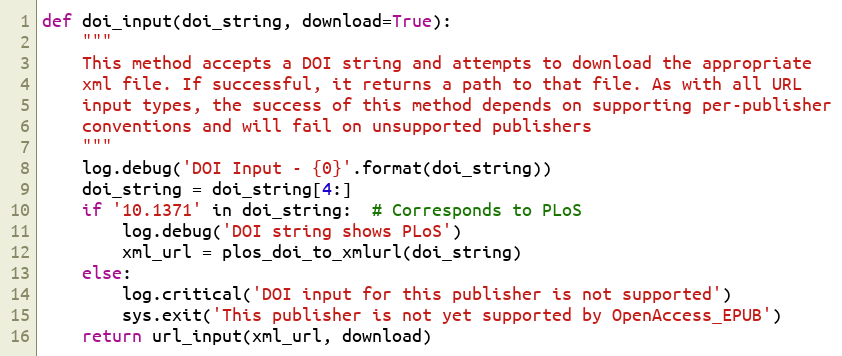
Language: Python
def doi_input(doi_string, download=True):
    """
    This method accepts a DOI string and attempts to download the appropriate
    xml file. If successful, it returns a path to that file. As with all URL
    input types, the success of this method depends on supporting per-publisher
    conventions and will fail on unsupported publishers
    """
    log.debug('DOI Input - {0}'.format(doi_string))
    doi_string = doi_string[4:]
    if '10.1371' in doi_string:  # Corresponds to PLoS
        log.debug('DOI string shows PLoS')
        xml_url = plos_doi_to_xmlurl(doi_string)
    else:
        log.critical('DOI input for this publisher is not supported')
        sys.exit('This publisher is not yet supported by OpenAccess_EPUB')
    return url_input(xml_url, download)